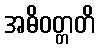
အဓိဝတ္တတိ